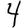
Digit: 4